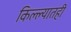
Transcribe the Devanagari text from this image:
किल्ल्यातही